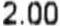
2.00